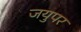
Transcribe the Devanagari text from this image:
जयुपर